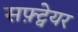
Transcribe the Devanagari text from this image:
सफ़्ट्वेयर